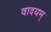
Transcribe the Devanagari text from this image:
वादयम्